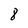
Character: 8